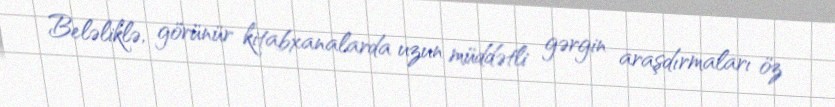
Beləliklə, görünür kitabxanalarda uzun müddətli gərgin araşdırmaları öz